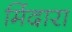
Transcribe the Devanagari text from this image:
मिंदारा